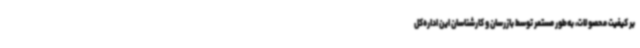
بر کیفیت محصولات، به‌طور مستمر توسط بازرسان و کارشناسان این اداره‌کل